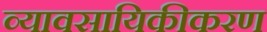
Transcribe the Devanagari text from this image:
व्यावसायिकीकरण